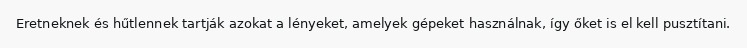
Eretneknek és hűtlennek tartják azokat a lényeket, amelyek gépeket használnak, így őket is el kell pusztítani.